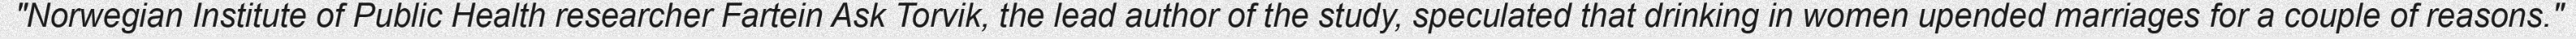
"Norwegian Institute of Public Health researcher Fartein Ask Torvik, the lead author of the study, speculated that drinking in women upended marriages for a couple of reasons."